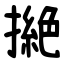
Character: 撧